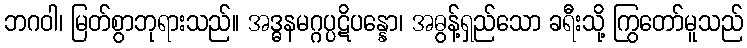
ဘဂဝါ၊ မြတ်စွာဘုရားသည်။ အဒ္ဓနမဂ္ဂပ္ပဋိပန္နော၊ အဓွန့်ရှည်သော ခရီးသို့ ကြွတော်မူသည်